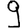
Digit: 9